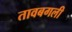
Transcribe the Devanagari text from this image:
तावबगली